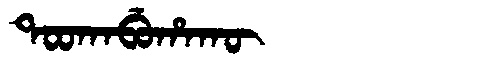
Manchu: ᡨᠣᠣᡴᠠᠪᡠᡥᠠᡴᡡ
Romanization: TOOKABUHAKŪ